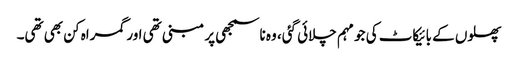
پھلوں کے بائیکاٹ کی جو مہم چلائی گئی، وہ ناسمجھی پر مبنی تھی اور گمراہ کن بھی تھی۔